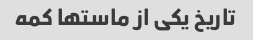
تاریخ یکی از ماستها کمه